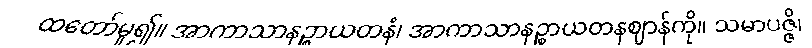
ထတော်မူ၍။ အာကာသာနဉ္စာယတနံ၊ အာကာသာနဉ္စာယတနဈာန်ကို။ သမာပဇ္ဇိ၊